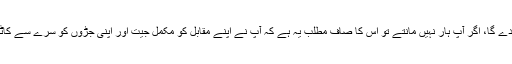
اپنے آپ کو پچھلی پوزیشن میں لانے کی مہلت دے گا، اگر آپ ہار نہیں مانتے تو اس کا صاف مطلب یہ ہے کہ آپ نے اپنے مقابل کو مکمل جیت اور اپنی جڑوں کو سرے سے کاٹنے اور اپنے آپ کو مٹانے کا موقع دے دیا ہے۔